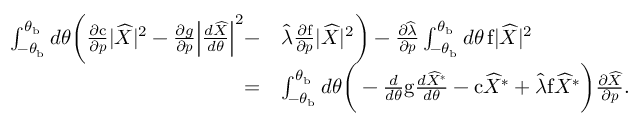
\begin{array} { r l } { \int _ { - \theta _ { \mathrm { b } } } ^ { \theta _ { \mathrm { b } } } d \theta \bigg ( \frac { \partial \mathrm { c } } { \partial \boldsymbol { p } } \lvert \widehat { X } \rvert ^ { 2 } - \frac { \partial g } { \partial \boldsymbol { p } } \Big \lvert \frac { d \widehat { X } } { d \theta } \Big \rvert ^ { 2 } - } & { \widehat { \lambda } \frac { \partial \mathrm { f } } { \partial \boldsymbol { p } } \lvert \widehat { X } \rvert ^ { 2 } \bigg ) - \frac { \partial \widehat { \lambda } } { \partial \boldsymbol { p } } \int _ { - \theta _ { \mathrm { b } } } ^ { \theta _ { \mathrm { b } } } d \theta \, \mathrm { f } \lvert \widehat { X } \rvert ^ { 2 } } \\ { = } & { \int _ { - \theta _ { \mathrm { b } } } ^ { \theta _ { \mathrm { b } } } d \theta \bigg ( - \frac { d } { d \theta } \mathrm { g } \frac { d \widehat { X } ^ { * } } { d \theta } - \mathrm { c } \widehat { X } ^ { * } + \widehat { \lambda } \mathrm { f } \widehat { X } ^ { * } \bigg ) \frac { \partial \widehat { X } } { \partial \boldsymbol { p } } . } \end{array}